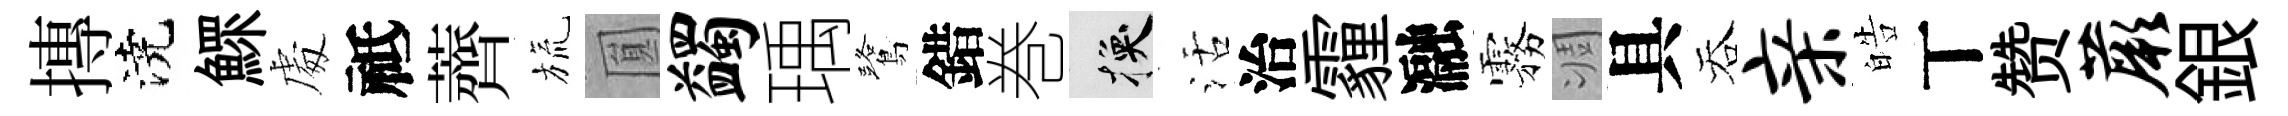
摶澆鰥䖏祗薺旒圎蠲瑀鷺錯巻换活治霾瀜霧凋具吞亲皓丅赞蕨銀